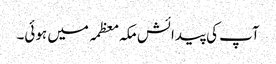
آپ کی پیدائش مکہ معظمہ میں ہوئی۔